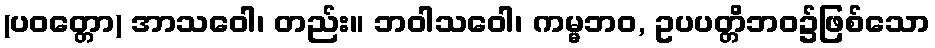
(ပဝတ္တော) အာသဝေါ၊ တည်း။ ဘဝါသဝေါ၊ ကမ္မဘဝ, ဥပပတ္တိဘဝ၌ဖြစ်သော